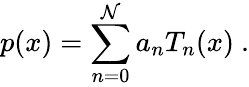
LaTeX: p(x)=\sum_{n=0}^{\mathcal{N}}a_{n}T_{n}(x)~.